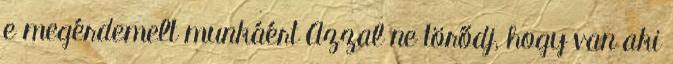
e megérdemelt munkáért Azzal ne törődj, hogy van aki